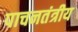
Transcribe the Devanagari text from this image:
पाचनतंत्रीय